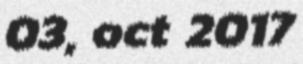
03, oct 2017